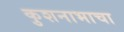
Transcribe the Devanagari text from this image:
कुशनाभाचा